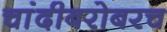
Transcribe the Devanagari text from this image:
चांदीबरोबरच